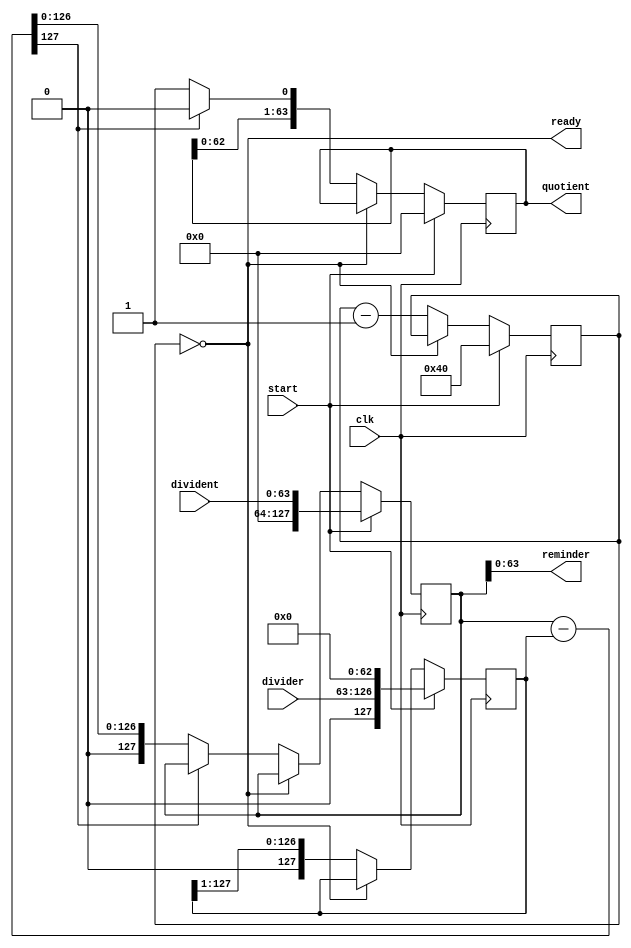
`timescale 1 ns / 10 ps
// 100000 
module Divider
    #(parameter N = 64)
    (
    input       wire                    clk,
    input       wire                    start,
    input       wire    [ N-1 :  0 ]    divident,
    input       wire    [ N-1 :  0 ]    divider,
    output      wire    [ N-1 :  0 ]    quotient,
    output      wire    [ N-1 :  0 ]    reminder,
    output      wire                    ready
    );

localparam M = 2*N;

reg     signed  [ N-1 :  0 ] r_quotient = {N{1'b0}};
assign quotient = r_quotient;

reg     signed  [ M-1 :  0 ] divident_copy = {M{1'b0}};
reg     signed  [ M-1 :  0 ] divider_copy = {M{1'b0}};

wire    signed  [ M-1 :  0 ] w_diff = divident_copy - divider_copy;
reg             [   6 :  0 ] cnt = 7'b0;

assign reminder = divident_copy[N-1:0];
assign ready = cnt == 0;


always@(posedge clk)
if(start)
begin
    cnt <= 7'd64;
    r_quotient <= {N{1'b0}};
    divident_copy <= {{N{1'b0}}, divident};
    divider_copy <= {1'b0, divider, {N-1{1'b0}}};
end
else if (!ready)
begin
    cnt <= cnt - 1'b1;
    divider_copy <= divider_copy >> 1;
    if(!w_diff[127])
    begin
        divident_copy <= w_diff;
        r_quotient <= {quotient[62:0], 1'b1};
    end
    else
    begin
        r_quotient <= {quotient[62:0], 1'b0};
    end
end

endmodule